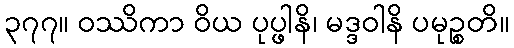
၃၇၇။ ဝဿိကာ ဝိယ ပုပ္ဖါနိ၊ မဒ္ဒဝါနိ ပမုဉ္စတိ။